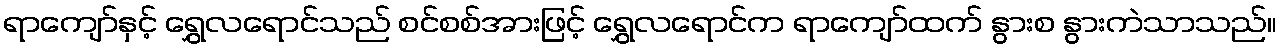
ရာကျော်နှင့် ရွှေလရောင်သည် စင်စစ်အားဖြင့် ရွှေလရောင်က ရာကျော်ထက် နွားစ နွားကဲသာသည်။